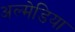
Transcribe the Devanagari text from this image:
अल्मेडिया